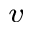
^ v